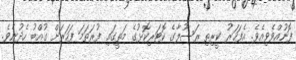
ފޮނުއްވެވިއެވެ. އެފަހަރު ކީރިތި ރަސޫލާގެ ކޮޓަރިކޮޅުގެ މަތީގައި ފުރަތަމަ ފަހަރަށް ގުއްބު ހެދުނެވެ.